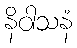
နိဝါသနံ